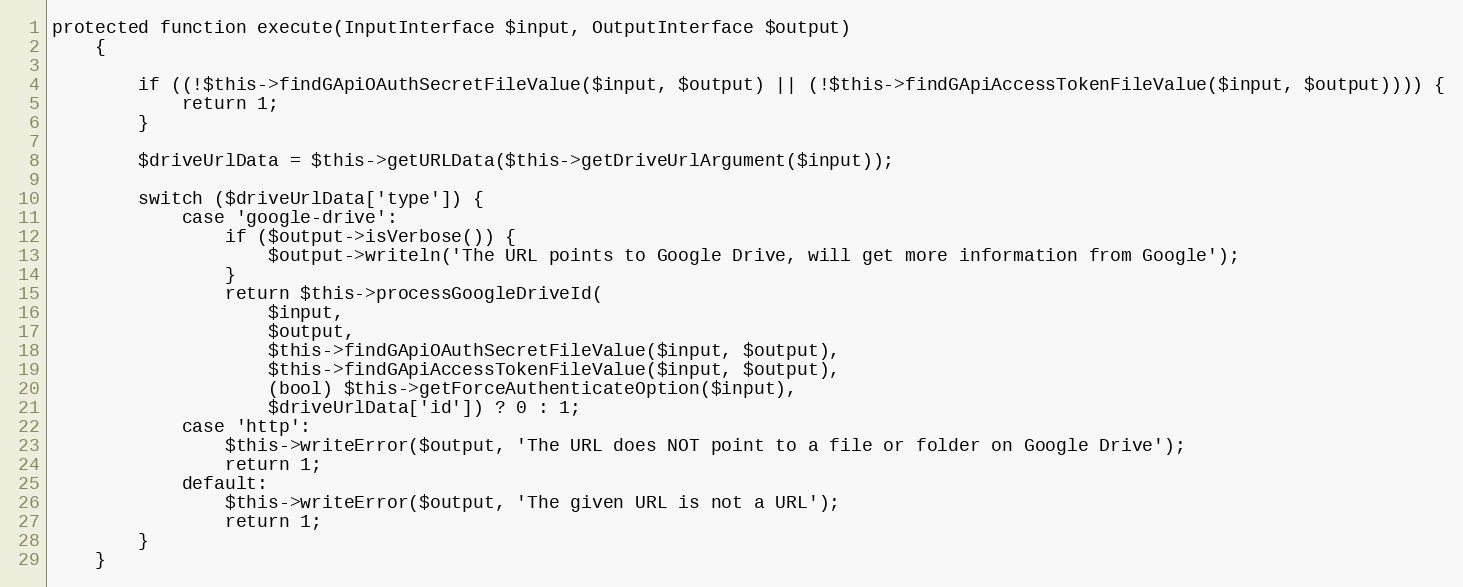
Language: PHP
protected function execute(InputInterface $input, OutputInterface $output)
    {

        if ((!$this->findGApiOAuthSecretFileValue($input, $output) || (!$this->findGApiAccessTokenFileValue($input, $output)))) {
            return 1;
        }

        $driveUrlData = $this->getURLData($this->getDriveUrlArgument($input));

        switch ($driveUrlData['type']) {
            case 'google-drive':
                if ($output->isVerbose()) {
                    $output->writeln('The URL points to Google Drive, will get more information from Google');
                }
                return $this->processGoogleDriveId(
                    $input,
                    $output,
                    $this->findGApiOAuthSecretFileValue($input, $output),
                    $this->findGApiAccessTokenFileValue($input, $output),
                    (bool) $this->getForceAuthenticateOption($input),
                    $driveUrlData['id']) ? 0 : 1;
            case 'http':
                $this->writeError($output, 'The URL does NOT point to a file or folder on Google Drive');
                return 1;
            default:
                $this->writeError($output, 'The given URL is not a URL');
                return 1;
        }
    }